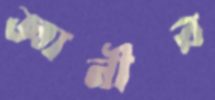
জ্ঞানীর